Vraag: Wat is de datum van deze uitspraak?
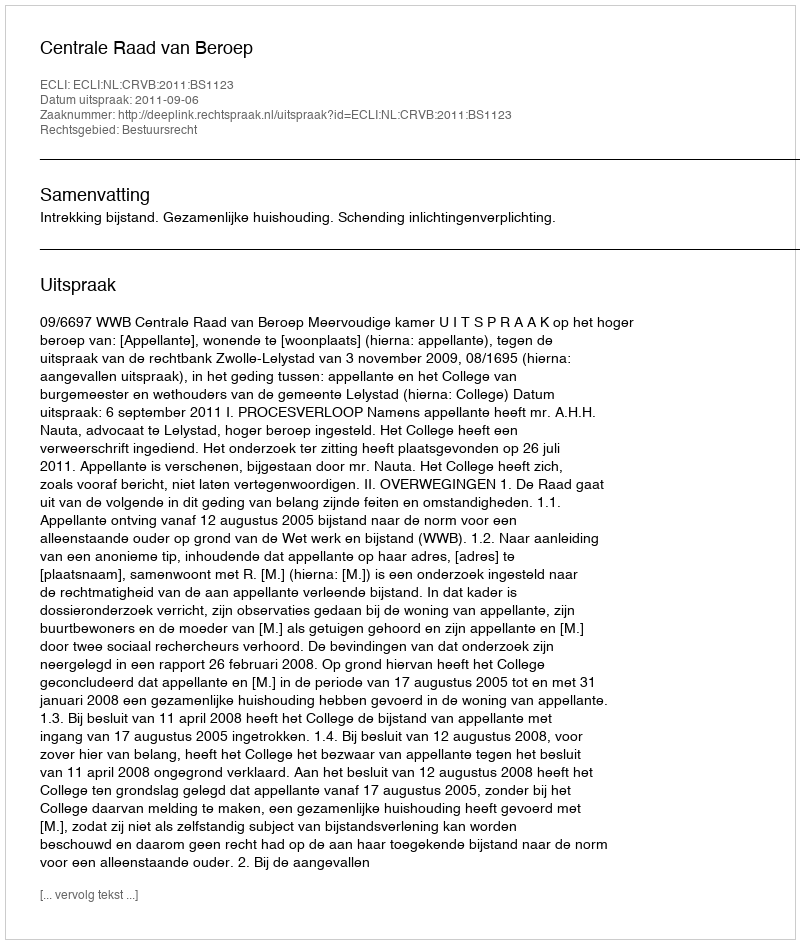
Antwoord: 2011-09-06